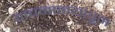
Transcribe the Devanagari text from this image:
वाचनालयांतून